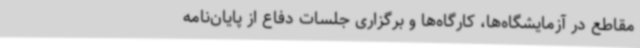
مقاطع در آزمایشگاه‌ها، کارگاه‌ها و برگزاری جلسات دفاع از پایان‌نامه